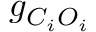
g _ { C _ { i } O _ { i } }